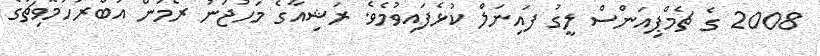
2008 ގެ ޗެމްޕިއަންސް ލީގު ފައިނަލް ކުޅެފައިވުމެވެ. ރަޝިއާގެ މަހުޖަނު ރޯމަން އަބްރަހަމޮވިޗުގެ